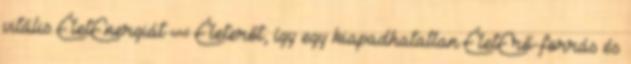
vitális ÉletEnergiát & Életerőt, így egy kiapadhatatlan ÉletErő-forrás és